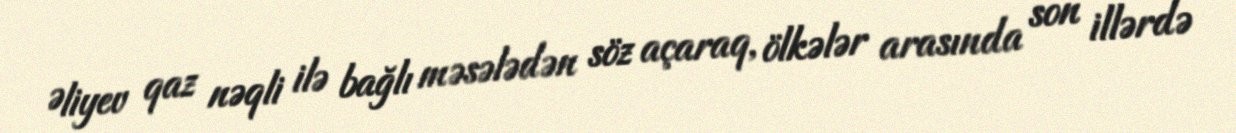
Əliyev qaz nəqli ilə bağlı məsələdən söz açaraq, ölkələr arasında son illərdə